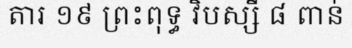
តារ ១៩ ព្រះពុទ្ធ វិបស្សី ៨ ពាន់